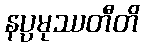
နပ္ပမုဿတီတိ